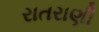
રાતરાણી